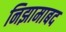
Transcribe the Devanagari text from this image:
निझामाबद